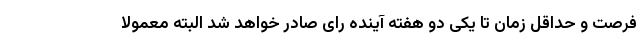
فرصت و حداقل زمان تا یکی دو هفته آینده رای صادر خواهد شد البته معمولا